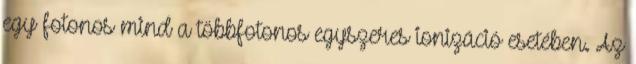
egy fotonos mind a többfotonos egyszeres ionizáció esetében. Az